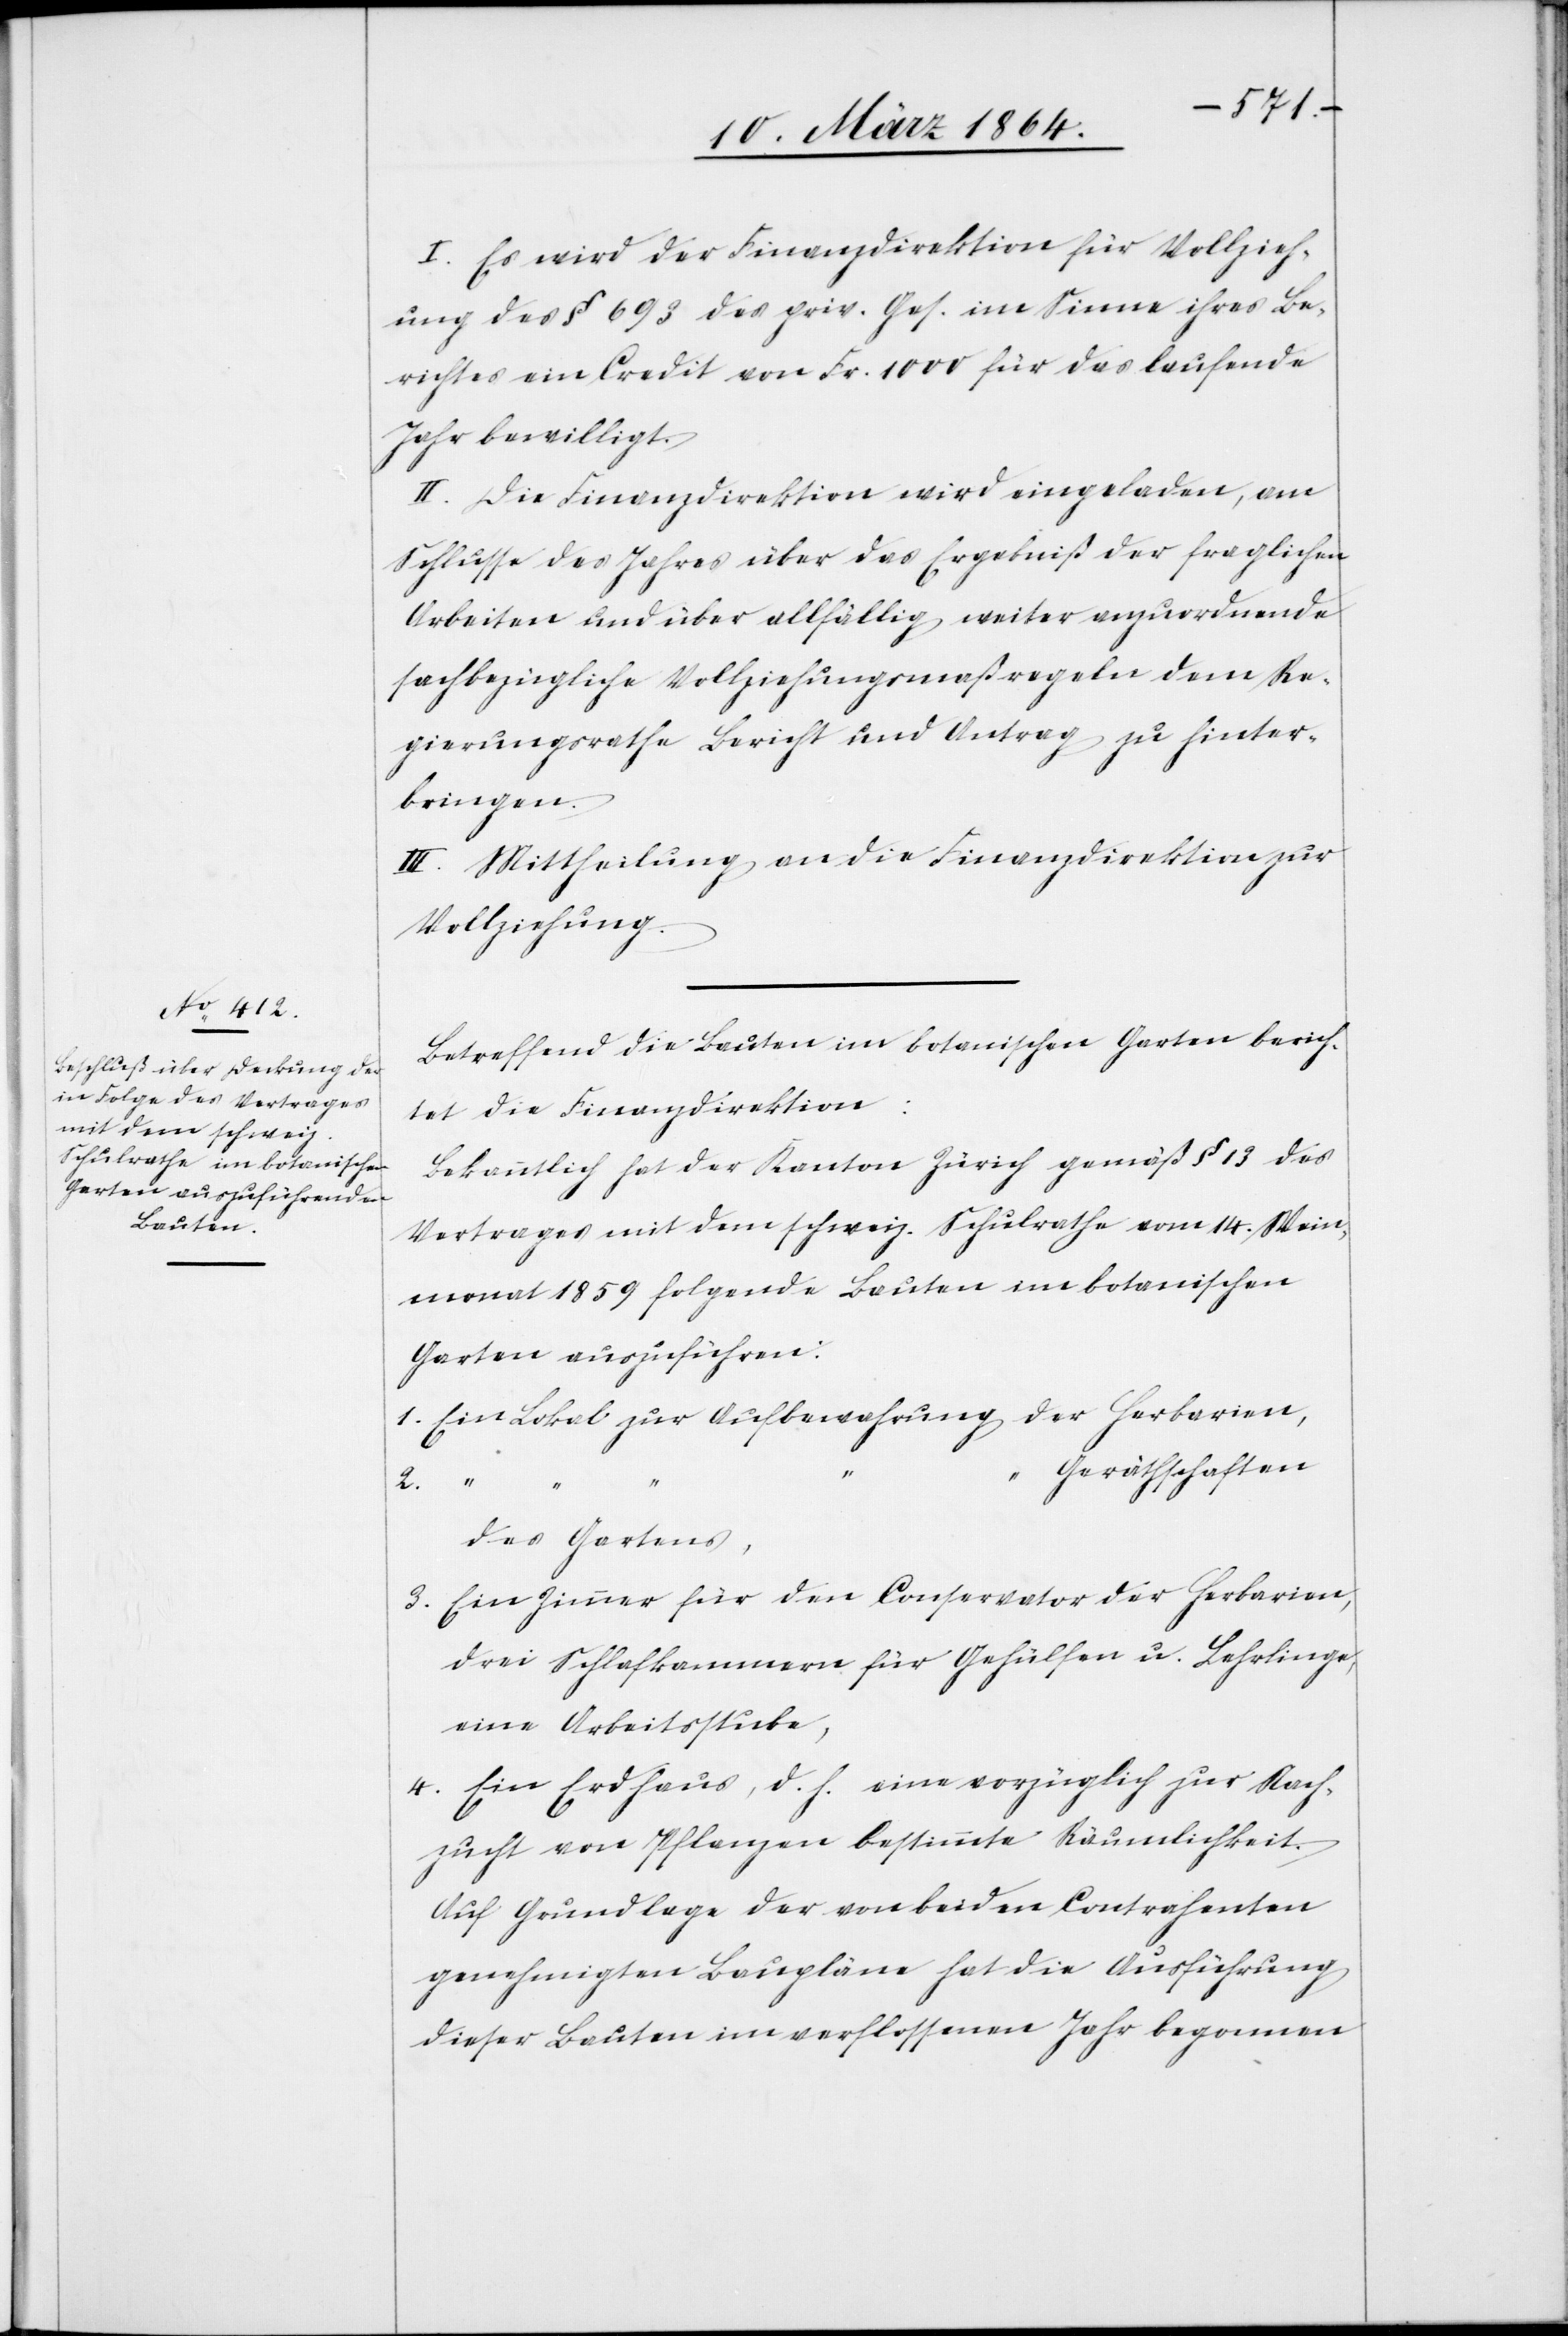
I. Es wird der Finanzdirektion für die Vollzieh¬
ung des § 693 des priv. Ges. im Sinne ihres Be¬
richtes ein Credit von Fr. 1000 für das laufende
Jahr bewilligt.
II. Die Finanzdirektion wird eingeladen, am
Schlusse des Jahres über das Ergebniß der fraglichen
Arbeiten und über allfällig weiter anzuordnende
sachbezügliche Vollziehungsmaßregeln dem Re¬
gierungsrathe Bericht und Antrag zu hinter¬
bringen.
III. Mittheilung an die Finanzdirektion zur
Vollziehung.
Betreffend die Bauten im botanischen Garten berich¬
tet die Finanzdirektion:
Bekanntlich hat der Kanton Zürich gemäß § 13 des
Vertrages mit dem schweiz. Schulrathe vom 14. Wein¬
monat 1859 folgende Bauten im botanischen
Garten auszuführen:
1. Ein Lokal zur Aufbewahrung der Herbarien,
Gerätschaften
2.
des Gartens,
3. Ein Zimmer für den Conservator der Herbarien,
drei Schlafkammern für Gehülfen und Lehrlinge,
eine Arbeitsstube,
4. Ein Erdhaus, d. h. eine vorzüglich zur Nach¬
zucht von Pflanzen bestimmte Räumlichkeit.
Auf Grundlage der von beiden Contrahenten
genehmigten Baupläne hat die Ausführung
dieser Bauten im verflossenen Jahr begonnen